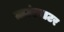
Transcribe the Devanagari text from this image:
ग्राउंडवाटर